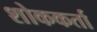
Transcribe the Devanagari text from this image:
शोककर्ता